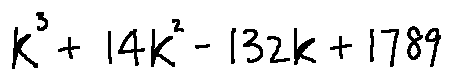
k ^ { 3 } + 1 4 k ^ { 2 } - 1 3 2 k + 1 7 8 9